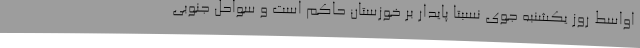
اواسط روز یکشنبه جوی نسبتا پایدار بر خوزستان حاکم است و سواحل جنوبی